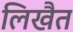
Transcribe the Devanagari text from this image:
लिखैत